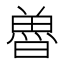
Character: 𮫲